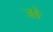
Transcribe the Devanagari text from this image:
जङे